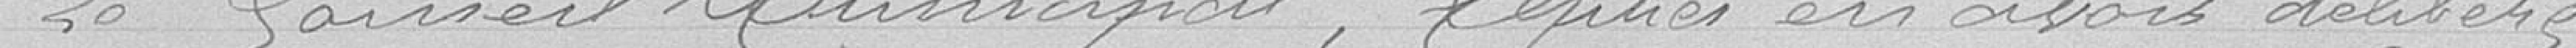
Le  Conseil Municipal, après en avoir délibéré,